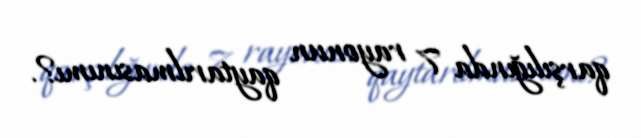
qarşılığında 7 rayonun qaytarılmasınımı?.